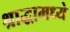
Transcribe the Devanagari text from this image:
श्राद्धामध्ये